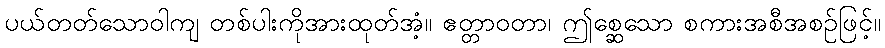
ပယ်တတ်သောဝါကျ တစ်ပါးကိုအားထုတ်အံ့။ ဧတ္တာဝတာ၊ ဤစ္ဆေသော စကားအစီအစဉ်ဖြင့်။